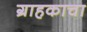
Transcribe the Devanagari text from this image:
ग्राहकाचा